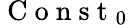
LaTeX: \mathrm{~C~o~n~s~t~}_{0}